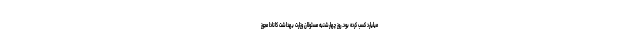
میلیارد کسب کرده بود. روز چهارشنبه مسئولان وزارت بهداشت کانادا مجوز